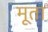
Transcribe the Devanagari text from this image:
मूता